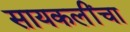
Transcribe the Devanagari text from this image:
सायकलींचा